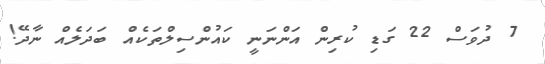
7 ދުވަސް 22 ގަޑި ކުރިން އަންނަނީ ކައުންސިލްތަކެއް ބަދަލެއް ނާދޭ!